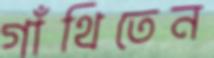
গাঁথিতেন